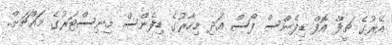
އޭރުގެ ޗީފް އޮފް ޑިފެންސް ފޯސް އަދި މިހާރުގެ ޑިފެންސް މިނިސްޓަރުގެ މައްޗަށް..